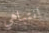
انتباهي